Medical and sanitary report of the native army of Bengal for the year
Year: 1874
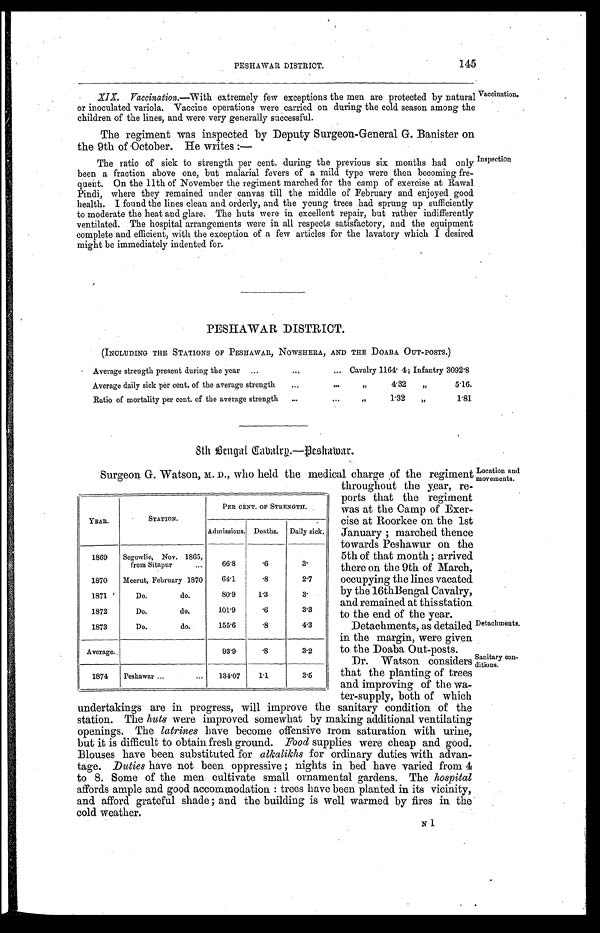
145
PESHAWAR DISTRICT.
Vaccination.
XIX. Vaccination.—With extremely few exceptions the men are protected by natural
or inoculated variola. Vaccine operations were carried on during the cold season among the
children of the lines, and were very generally successful.
The regiment was inspected by Deputy Surgeon-General G. Banister on
the 9th of October. He writes:—
The ratio of sick to strength per cent. during the previous six months had only
been a fraction above one, but malarial fevers of a mild type were then becoming fre
-quent. On the 11th of November the regiment marched for the camp of exercise at Rawal
Pindi, where they remained under canvas till the middle of February and enjoyed good
health. I found the lines clean and orderly, and the young trees had sprung up sufficiently
to moderate the heat and glare. The huts were in excellent repair, but rather indifferently
ventilated. The hospital arrangements were in all respects satisfactory, and the equipment
complete and efficient, with the exception of a few articles for the lavatory which I desired
might be immediately indented for.
Inspection
PESHAWAR DISTRICT.
(INCLUDING THE STATIONS OF PESHAWAR, NOWSHERA, AND THE DOABA OUT-POSTS.)
Average strength present during the year
Cavalry 1164 4; Infantry 3092.8
Average daily sick per cent. of the average strength
„ 4 . 3 2
„ 5 . 1 6 .
Ratio of mortality per cent. of the average strength
„ 1 . 3 2
„ 1 . 8 1
8th Bengal Cavalry.—Peshawar.
Location and
movements.
Surgeon G. Watson, M. D., who held the medical charge of the regiment
throughout the year, re
-ports that the regiment
was at the Camp of Exer
-cise at Roorkee on the 1st
January; marched thence
towards Peshawur on the
5th of that month; arrived
there on the 9th of March,
occupying the lines vacated
by the 16th Bengal Cavalry,
and remained at this station
to the end of the year.
Detachments, as detailed
in the margin, were given
to the Doaba Out-posts.
Dr. Watson considers
that the planting of trees
and improving of the wa-
ter-supply, both of which
undertakings are in progress, will improve the sanitary condition of the
station. The huts were improved somewhat by making additional ventilating
openings. The latrines have become offensive from saturation with urine,
but it is difficult to obtain fresh ground. Food supplies were cheap and good.
Blouses have been substituted for alkalikhs for ordinary duties with advan
- t a g e .
D u t i e s
h a v e n o t b e e n o p p r e s s i v e ; n i g h t s i n b e d h a v e v a r i e d f r o m 4
to 8. Some of the men cultivate small ornamental gardens. The hospital
affords ample and good accommodation: trees have been planted in its vicinity,
and afford grateful shade; and the building is well warmed by fires in the
cold weather.
YEAR.
STATION.
PER CENT. OF STRENGTH.
Admissions. Deaths. Daily sick.
1869 Segowlie, Nov. 1865,
from Sitapur
66.8
.6
3.
1870 Meerut, February 1870 64.1
.8
2.7
1871
Do. do.
80.9
1.3
3.
1872
Do. do.
101.9
.6
3.3
1873
Do. do.
155.6
.8
4.3
Average.
93.9
.8
3.2
1874 Peshawar
134.07 1 . 1
3 . 5
Detachments.
Sanitary con
-
ditions.
N1